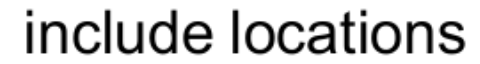
include locations